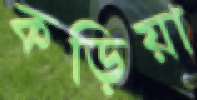
কড়িয়া